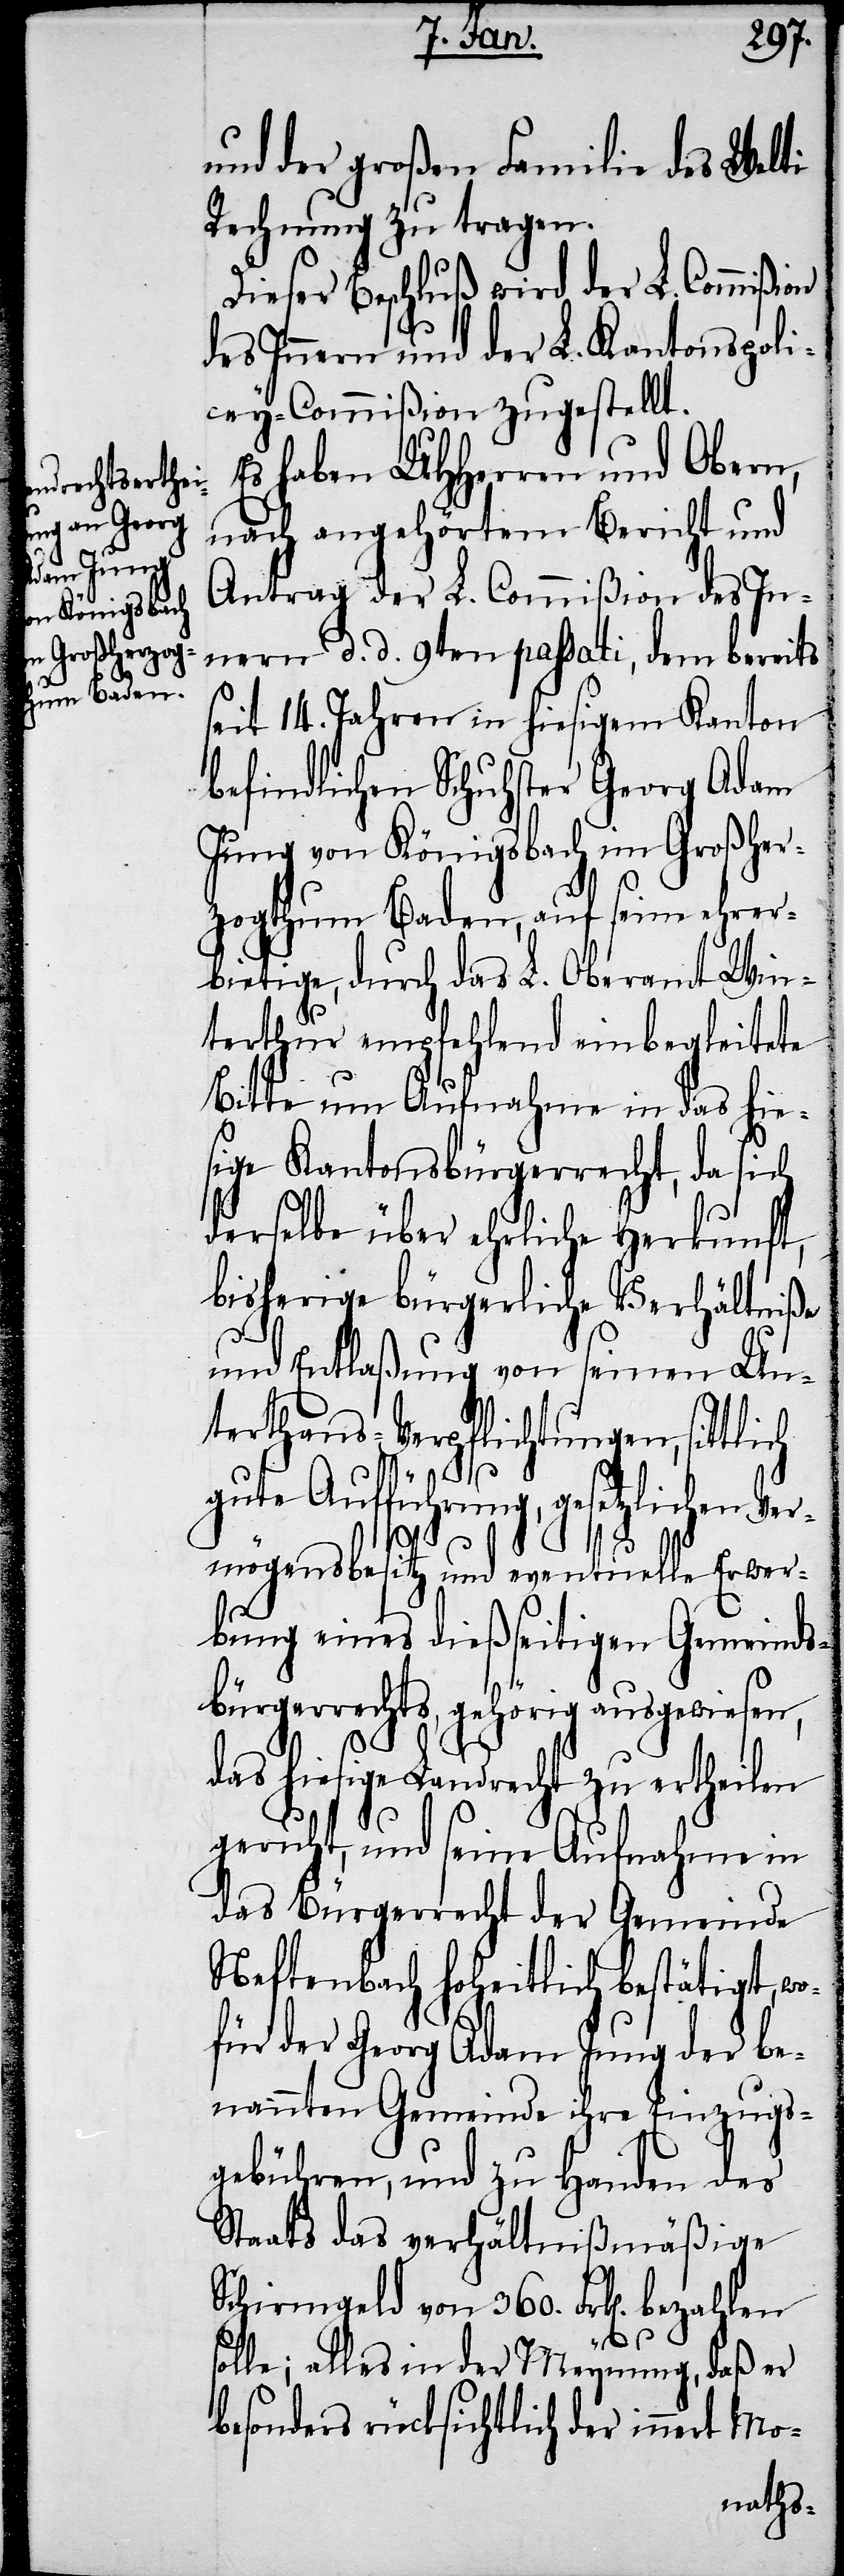
und der großen Familie des Welti
Rechnung zu tragen.
Dieser Beschluß wird der L. Commißion
des Innern und der L. Kantonspoli¬
cey-Commißion zugestellt.
Es haben UHHerren und Obern,
nach angehörtem Bericht und
Antrag der L. Commißion des In¬
nern d. d. 9ten passati, dem bereits
seit 14. Jahren in hiesigem Kanton
befindlichen Schuhster Georg Adam
Jung von Königsbach im Grossher¬
zogthum Baden, auf seine ehrer¬
bietige, durch das L. Oberamt Win¬
terthur empfehlend einbegleitete
Bitte um Aufnahme in das hie¬
sige Kantonsbürgerrecht, da sich
derselbe über ehrliche Herkunft,
bisherige bürgerliche Verhältniße
und Entlaßung von seinen Un¬
terthans-Verpflichtungen, sittlich
t
gute Aufführung, gesetzlichen Ver¬
mögensbesitz und eventuelle Erwer¬
bung eines dießseitigen Gemeinds¬
bürgerrechts, gehörig ausgewiesen,
das hiesige Landrecht zu ertheilen
geruht, und seine Aufnahme in
das Bürgerrecht der Gemeinde
Neftenbach hoheitlich bestätigt, wo¬
für der Georg Adam Jung der be¬
nannten Gemeinde ihre Einzugs¬
gebühren, und zu Handen des
Staats das verhältnißmäßige
Schirmgeld von 360. Frk[en].
solle; alles in der Meynung, daß er
besonders rücksichtlich der inner¬